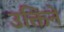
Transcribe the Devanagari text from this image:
उक्तिने